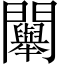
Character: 𨷯